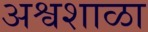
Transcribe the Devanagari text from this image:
अश्वशाळा